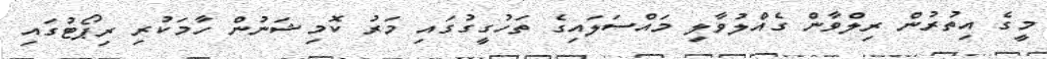
މީގެ އިތުރުން ރިލްވާން ގެއްލުވާލި މައްސަލައިގެ ތަހުގީގުގައި މަރު ކޮމިޝަނުން ހާމަކުރި ރިޕޯޓުގައި